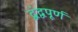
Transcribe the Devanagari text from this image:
द्वंद्वपूर्ण